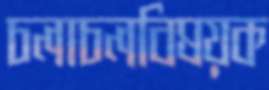
চলাচলবিষয়ক